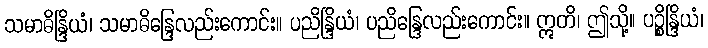
သမာဓိန္ဒြိယံ၊ သမာဓိန္ဒြေလည်းကောင်း။ ပညိန္ဒြိယံ၊ ပညိန္ဒြေလည်းကောင်း။ ဣတိ၊ ဤသို့။ ပဉ္စိန္ဒြိယံ၊